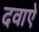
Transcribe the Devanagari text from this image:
दवाऐ